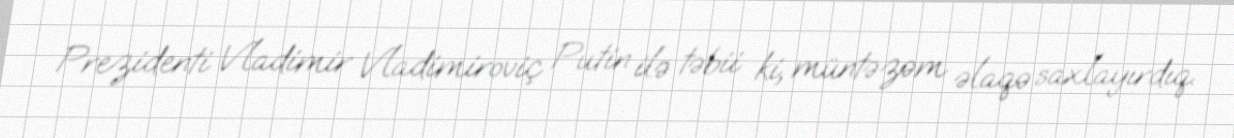
Prezidenti Vladimir Vladimiroviç Putin ilə təbii ki, müntəzəm əlaqə saxlayırdıq.